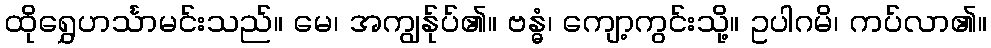
ထိုရွှေဟင်္သာမင်းသည်။ မေ၊ အကျွန်ုပ်၏။ ဗန္ဓံ၊ ကျော့ကွင်းသို့။ ဥပါဂမိ၊ ကပ်လာ၏။